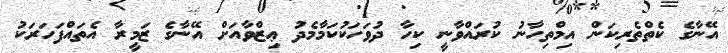
އޭނާގެ ކެތްތެރިކަން އިމްތިހާނު ކުރައްވާނީ ކިހާ ދުވަހަކުކަމާމެދު ޢިޒްވާއަށް އޭނާގެ ޒަމީރާ އެތައްފަހަރަކު